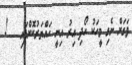
ވަގަށް ނެގި މީހަކު ހޯދި އިރު އިނީ ހައްޔަރުކޮށްފައި   !